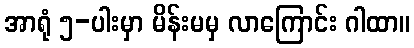
အာရုံ ၅-ပါးမှာ မိန်းမမှ လာကြောင်း ဂါထာ။